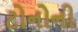
ટોનોની